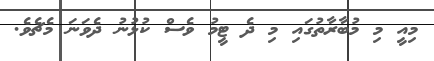
މިއީ މި މުބާރާތުގައި މި ދެ ޓީމު ވެސް ކުޅުނު ދެވަނަ މެޗެވެ.